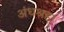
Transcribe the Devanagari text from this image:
अंधश्रद्दा